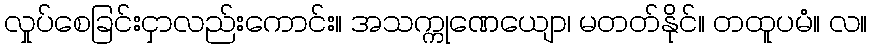
လှုပ်စေခြင်းငှာလည်းကောင်း။ အသက္ကုဏေယျော၊ မတတ်နိုင်။ တထူပမံ။ လ။